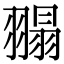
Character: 𦑼